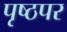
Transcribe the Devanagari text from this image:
पृष्ठपर